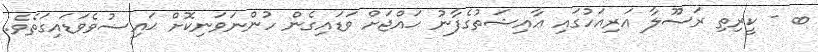
ބ - ކީރިތި ރަސޫލާ އަރިއަހުގައި ޢާއިޝަތުގެފާނު ޙައްޖަށް ވަޑައިގެން ހުންނަވަނިކޮށް ޙައިޟުވެވަޑައިގަތެވެ.